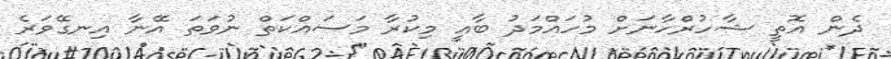
ދެން އޮތީ ޝާހުރްހާނަށް މުހައްމަދު ބާއީ މިކުރާ މަސައްކަތް ނުވަތަ އޭނާ އިނގޭވަރެ